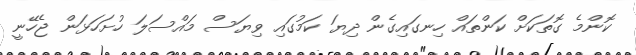
ކޮންމެ ގޮތަކަށް ކަންތައް ހިނގައިގެން ދިޔަ ކަމުގައި ވިޔަސް މައްސަލަ ހުށަހަޅަން ޖެހޭނީ